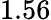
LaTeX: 1.56